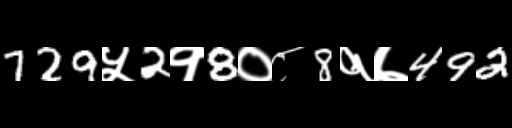
Text: 729५2१8०८8१७492